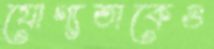
যোগ্যতাকেও